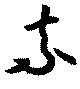
奈